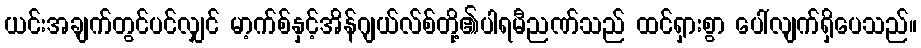
ယင်းအချက်တွင်ပင်လျှင် မာ့က်စ်နှင့်အိန်ဂျယ်လ်စ်တို့၏ပါရမီညဏ်သည် ထင်ရှားစွာ ပေါ်လျက်ရှိပေသည်။